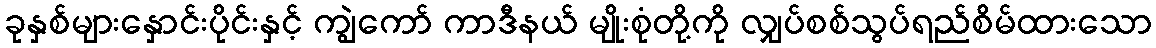
ခုနှစ်များနှောင်းပိုင်းနှင့် ကျွဲကော် ကာဒီနယ် မျိုးစုံတို့ကို လျှပ်စစ်သွပ်ရည်စိမ်ထားသော